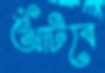
আঁটবে